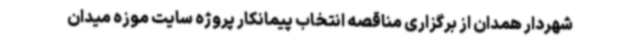
شهردار همدان از برگزاری مناقصه انتخاب پیمانکار پروژه سایت موزه میدان